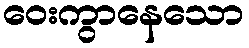
ဝေးကွာနေသော